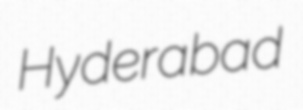
Hyderabad